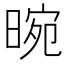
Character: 晼